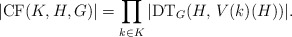
\begin{align*}\vert\mathrm{CF}(K, H, G)\vert = \prod_{k\in K} \vert \mathrm{DT}_G(H,\, V(k)(H))\vert.\end{align*}